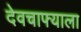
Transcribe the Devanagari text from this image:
देवचाफ्याला